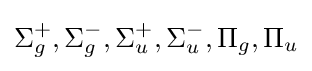
\Sigma _{g}^{+},\Sigma _{g}^{-},\Sigma _{u}^{+},\Sigma _{u}^{-},{{\Pi }_{g}},{{\Pi }_{u}}